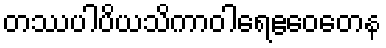
တဿပါပိယသိကာဝါရေဧဝေတေန